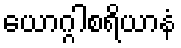
ယောဂ္ဂါစရိယာနံ